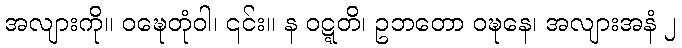
အလျားကို။ ဝဍ္ဎေတုံဝါ၊ ၎င်း။ န ဝဋ္ဋတိ၊ ဥဘတော ဝဍ္ဎနေ၊ အလျားအနံ ၂